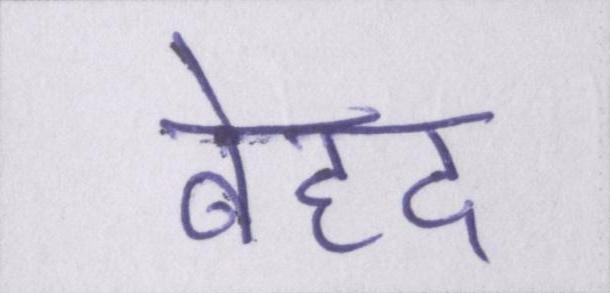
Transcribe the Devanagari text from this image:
बेहद